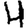
Digit: 4